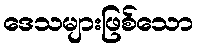
ဒေသများဖြစ်သော